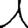
Digit: 1